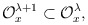
\begin{align*}{\cal O}_{x}^{\lambda+1}\subset {\cal O}_{x}^{\lambda},\end{align*}